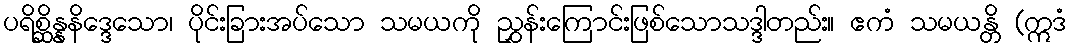
ပရိစ္ဆိန္နနိဒ္ဒေသော၊ ပိုင်းခြားအပ်သော သမယကို ညွှန်းကြောင်းဖြစ်သောသဒ္ဒါတည်း။ ဧကံ သမယန္တိ (ဣဒံ